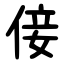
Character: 倿